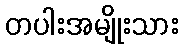
တပါးအမျိုးသား